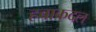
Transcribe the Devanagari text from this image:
हबाकदल